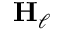
\mathbf { H } _ { \ell }